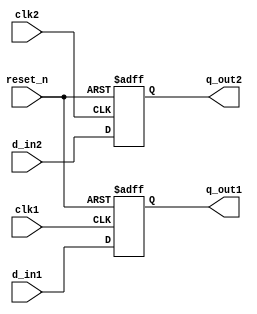
`timescale 1ns / 1ps
//////////////////////////////////////////////////////////////////////////////////
// Company: 
// Engineer: 
// 
// Design Name: 
// Module Name: lab55_skew_violation
// Project Name: 
// Target Devices: 
// Tool Versions: 
// Description: 
// 
// Dependencies: 
// 
// Revision:
// Revision 0.01 - File Created
// Additional Comments:
// 
//////////////////////////////////////////////////////////////////////////////////


module lab55_skew_violation(
                input d_in1, d_in2,
                input clk1, clk2,
                input reset_n,
                output reg q_out1, q_out2
                 
    );

always @(posedge clk1 or negedge reset_n)
begin
    if(!reset_n)
        q_out1 <= 1'b0;
    else 
        q_out1 <= d_in1;

end

always @(posedge clk2 or negedge reset_n)
begin
    if(!reset_n)
        q_out2 <= 1'b0;
    else 
        q_out2 <= d_in2;

end
    
endmodule